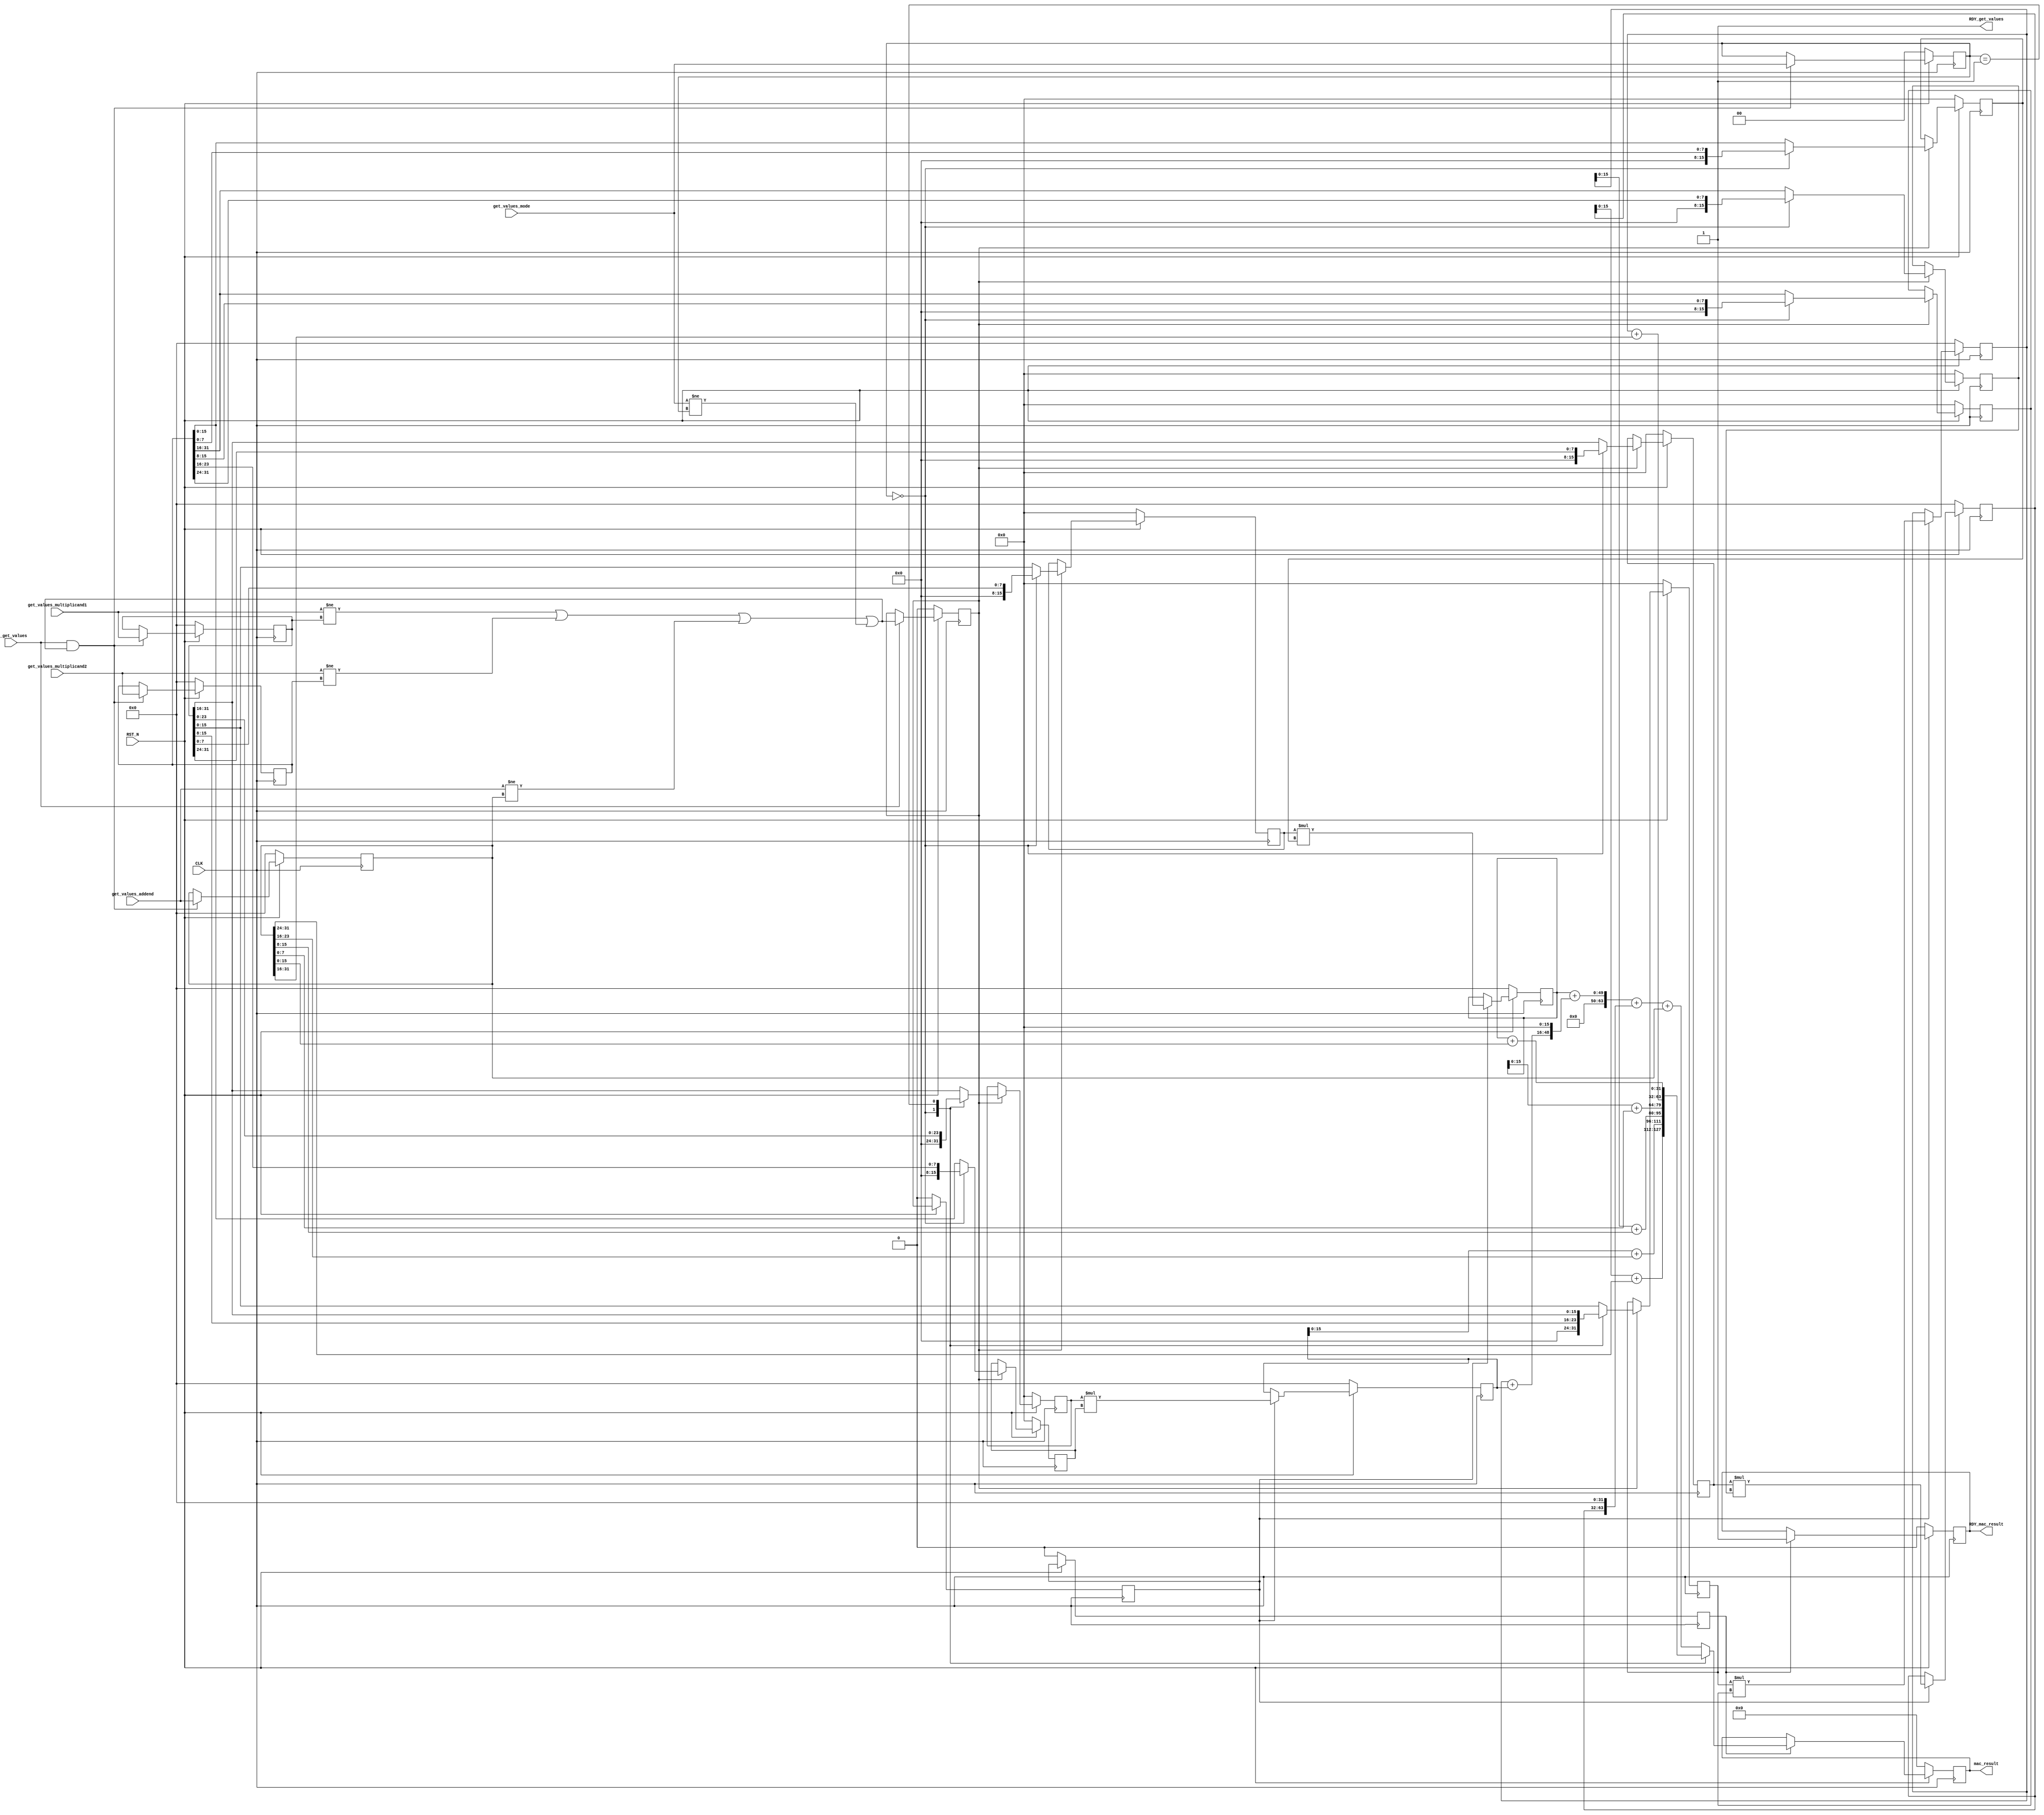
//
// Generated by Bluespec Compiler, version 2021.12.1 (build fd501401)
//
// On Wed Apr 12 21:29:13 IST 2023
//
//
// Ports:
// Name                         I/O  size props
// RDY_get_values                 O     1 const
// mac_result                     O    64 reg
// RDY_mac_result                 O     1 reg
// CLK                            I     1 clock
// RST_N                          I     1 reset
// get_values_multiplicand1       I    32
// get_values_multiplicand2       I    32
// get_values_addend              I    32
// get_values_mode                I     2
// EN_get_values                  I     1
//
// No combinational paths from inputs to outputs
//
//

`ifdef BSV_ASSIGNMENT_DELAY
`else
  `define BSV_ASSIGNMENT_DELAY
`endif

`ifdef BSV_POSITIVE_RESET
  `define BSV_RESET_VALUE 1'b1
  `define BSV_RESET_EDGE posedge
`else
  `define BSV_RESET_VALUE 1'b0
  `define BSV_RESET_EDGE negedge
`endif

module mkMAC(CLK,
	     RST_N,

	     get_values_multiplicand1,
	     get_values_multiplicand2,
	     get_values_addend,
	     get_values_mode,
	     EN_get_values,
	     RDY_get_values,

	     mac_result,
	     RDY_mac_result);
  input  CLK;
  input  RST_N;

  // action method get_values
  input  [31 : 0] get_values_multiplicand1;
  input  [31 : 0] get_values_multiplicand2;
  input  [31 : 0] get_values_addend;
  input  [1 : 0] get_values_mode;
  input  EN_get_values;
  output RDY_get_values;

  // value method mac_result
  output [63 : 0] mac_result;
  output RDY_mac_result;

  // signals for module outputs
  wire [63 : 0] mac_result;
  wire RDY_get_values, RDY_mac_result;

  // register a
  reg [31 : 0] a;
  wire [31 : 0] a$D_IN;
  wire a$EN;

  // register counter
  reg [3 : 0] counter;
  wire [3 : 0] counter$D_IN;
  wire counter$EN;

  // register flag_0
  reg flag_0;
  wire flag_0$D_IN, flag_0$EN;

  // register flag_1
  reg flag_1;
  wire flag_1$D_IN, flag_1$EN;

  // register flag_2
  reg flag_2;
  wire flag_2$D_IN, flag_2$EN;

  // register inp_ready
  reg inp_ready;
  wire inp_ready$D_IN, inp_ready$EN;

  // register m1
  reg [31 : 0] m1;
  wire [31 : 0] m1$D_IN;
  wire m1$EN;

  // register m2
  reg [31 : 0] m2;
  wire [31 : 0] m2$D_IN;
  wire m2$EN;

  // register mac_output
  reg [63 : 0] mac_output;
  reg [63 : 0] mac_output$D_IN;
  wire mac_output$EN;

  // register mac_ready
  reg mac_ready;
  wire mac_ready$D_IN, mac_ready$EN;

  // register partial_product_0
  reg [31 : 0] partial_product_0;
  wire [31 : 0] partial_product_0$D_IN;
  wire partial_product_0$EN;

  // register partial_product_1
  reg [31 : 0] partial_product_1;
  wire [31 : 0] partial_product_1$D_IN;
  wire partial_product_1$EN;

  // register partial_product_2
  reg [31 : 0] partial_product_2;
  wire [31 : 0] partial_product_2$D_IN;
  wire partial_product_2$EN;

  // register partial_product_3
  reg [31 : 0] partial_product_3;
  wire [31 : 0] partial_product_3$D_IN;
  wire partial_product_3$EN;

  // register reg_mode
  reg [1 : 0] reg_mode;
  wire [1 : 0] reg_mode$D_IN;
  wire reg_mode$EN;

  // register x_0
  reg [15 : 0] x_0;
  wire [15 : 0] x_0$D_IN;
  wire x_0$EN;

  // register x_1
  reg [15 : 0] x_1;
  reg [15 : 0] x_1$D_IN;
  wire x_1$EN;

  // register x_2
  reg [15 : 0] x_2;
  reg [15 : 0] x_2$D_IN;
  wire x_2$EN;

  // register x_3
  reg [15 : 0] x_3;
  wire [15 : 0] x_3$D_IN;
  wire x_3$EN;

  // register y_0
  reg [15 : 0] y_0;
  wire [15 : 0] y_0$D_IN;
  wire y_0$EN;

  // register y_1
  reg [15 : 0] y_1;
  wire [15 : 0] y_1$D_IN;
  wire y_1$EN;

  // register y_2
  reg [15 : 0] y_2;
  wire [15 : 0] y_2$D_IN;
  wire y_2$EN;

  // register y_3
  reg [15 : 0] y_3;
  wire [15 : 0] y_3$D_IN;
  wire y_3$EN;

  // rule scheduling signals
  wire CAN_FIRE_RL_compute_MAC,
       CAN_FIRE_get_values,
       WILL_FIRE_RL_compute_MAC,
       WILL_FIRE_get_values;

  // remaining internal signals
  wire [63 : 0] _0_CONCAT_x_0_8_9_MUL_0_CONCAT_y_0_0_1___d42,
		_0_CONCAT_x_1_4_5_MUL_0_CONCAT_y_1_6_7___d48,
		_0_CONCAT_x_2_0_1_MUL_0_CONCAT_y_2_2_3___d54,
		_0_CONCAT_x_3_6_7_MUL_0_CONCAT_y_3_8_9___d60,
		x082_PLUS_y083__q1,
		x__h4524,
		x__h4803,
		x__h4926,
		x__h5066,
		x__h5068,
		x__h5070,
		x__h5082,
		y__h4961,
		y__h5069,
		y__h5071,
		y__h5083;
  wire [31 : 0] x__h4148,
		x__h4235,
		x__h4300,
		x__h4365,
		y__h4149,
		y__h4236,
		y__h4301,
		y__h4366,
		y__h4838,
		y__h4875;
  wire [15 : 0] x__h1742,
		x__h1812,
		x__h1876,
		x__h1940,
		x__h2128,
		x__h2193,
		x__h2257,
		x__h2321,
		y__h4559,
		y__h4620,
		y__h4674,
		y__h4728;
  wire NOT_get_values_multiplicand1_EQ_m1_06_07_OR_NO_ETC___d113;

  // action method get_values
  assign RDY_get_values = 1'd1 ;
  assign CAN_FIRE_get_values = 1'd1 ;
  assign WILL_FIRE_get_values = EN_get_values ;

  // value method mac_result
  assign mac_result = mac_output ;
  assign RDY_mac_result = mac_ready ;

  // rule RL_compute_MAC
  assign CAN_FIRE_RL_compute_MAC = 1'd1 ;
  assign WILL_FIRE_RL_compute_MAC = 1'd1 ;

  // register a
  assign a$D_IN = get_values_addend ;
  assign a$EN =
	     EN_get_values &&
	     (NOT_get_values_multiplicand1_EQ_m1_06_07_OR_NO_ETC___d113 ||
	      get_values_mode != reg_mode) ;

  // register counter
  assign counter$D_IN = 4'h0 ;
  assign counter$EN = 1'b0 ;

  // register flag_0
  assign flag_0$D_IN = inp_ready ;
  assign flag_0$EN = 1'd1 ;

  // register flag_1
  assign flag_1$D_IN = flag_0 ;
  assign flag_1$EN = 1'd1 ;

  // register flag_2
  assign flag_2$D_IN = flag_1 ;
  assign flag_2$EN = 1'd1 ;

  // register inp_ready
  assign inp_ready$D_IN =
	     NOT_get_values_multiplicand1_EQ_m1_06_07_OR_NO_ETC___d113 ||
	     get_values_mode != reg_mode ;
  assign inp_ready$EN = EN_get_values ;

  // register m1
  assign m1$D_IN = get_values_multiplicand1 ;
  assign m1$EN =
	     EN_get_values &&
	     (NOT_get_values_multiplicand1_EQ_m1_06_07_OR_NO_ETC___d113 ||
	      get_values_mode != reg_mode) ;

  // register m2
  assign m2$D_IN = get_values_multiplicand2 ;
  assign m2$EN =
	     EN_get_values &&
	     (NOT_get_values_multiplicand1_EQ_m1_06_07_OR_NO_ETC___d113 ||
	      get_values_mode != reg_mode) ;

  // register mac_output
  always@(reg_mode or x__h4926 or x__h4524 or x__h4803)
  begin
    case (reg_mode)
      2'd0: mac_output$D_IN = x__h4524;
      2'd1: mac_output$D_IN = x__h4803;
      default: mac_output$D_IN = x__h4926;
    endcase
  end
  assign mac_output$EN = flag_1 ;

  // register mac_ready
  assign mac_ready$D_IN = 1'd1 ;
  assign mac_ready$EN = flag_1 ;

  // register partial_product_0
  assign partial_product_0$D_IN =
	     _0_CONCAT_x_0_8_9_MUL_0_CONCAT_y_0_0_1___d42[31:0] ;
  assign partial_product_0$EN = flag_0 ;

  // register partial_product_1
  assign partial_product_1$D_IN =
	     _0_CONCAT_x_1_4_5_MUL_0_CONCAT_y_1_6_7___d48[31:0] ;
  assign partial_product_1$EN = flag_0 ;

  // register partial_product_2
  assign partial_product_2$D_IN =
	     _0_CONCAT_x_2_0_1_MUL_0_CONCAT_y_2_2_3___d54[31:0] ;
  assign partial_product_2$EN = flag_0 ;

  // register partial_product_3
  assign partial_product_3$D_IN =
	     _0_CONCAT_x_3_6_7_MUL_0_CONCAT_y_3_8_9___d60[31:0] ;
  assign partial_product_3$EN = flag_0 ;

  // register reg_mode
  assign reg_mode$D_IN = get_values_mode ;
  assign reg_mode$EN =
	     EN_get_values &&
	     (NOT_get_values_multiplicand1_EQ_m1_06_07_OR_NO_ETC___d113 ||
	      get_values_mode != reg_mode) ;

  // register x_0
  assign x_0$D_IN = (reg_mode == 2'd0) ? x__h1742 : m1[15:0] ;
  assign x_0$EN = inp_ready ;

  // register x_1
  always@(reg_mode or m1 or x__h1812)
  begin
    case (reg_mode)
      2'd0: x_1$D_IN = x__h1812;
      2'd1: x_1$D_IN = m1[31:16];
      default: x_1$D_IN = m1[15:0];
    endcase
  end
  assign x_1$EN = inp_ready ;

  // register x_2
  always@(reg_mode or m1 or x__h1876)
  begin
    case (reg_mode)
      2'd0: x_2$D_IN = x__h1876;
      2'd1: x_2$D_IN = m1[15:0];
      default: x_2$D_IN = m1[31:16];
    endcase
  end
  assign x_2$EN = inp_ready ;

  // register x_3
  assign x_3$D_IN = (reg_mode == 2'd0) ? x__h1940 : m1[31:16] ;
  assign x_3$EN = inp_ready ;

  // register y_0
  assign y_0$D_IN = (reg_mode == 2'd0) ? x__h2128 : m2[15:0] ;
  assign y_0$EN = inp_ready ;

  // register y_1
  assign y_1$D_IN = (reg_mode == 2'd0) ? x__h2193 : m2[31:16] ;
  assign y_1$EN = inp_ready ;

  // register y_2
  assign y_2$D_IN = (reg_mode == 2'd0) ? x__h2257 : m2[15:0] ;
  assign y_2$EN = inp_ready ;

  // register y_3
  assign y_3$D_IN = (reg_mode == 2'd0) ? x__h2321 : m2[31:16] ;
  assign y_3$EN = inp_ready ;

  // remaining internal signals
  assign NOT_get_values_multiplicand1_EQ_m1_06_07_OR_NO_ETC___d113 =
	     get_values_multiplicand1 != m1 ||
	     get_values_multiplicand2 != m2 ||
	     get_values_addend != a ;
  assign _0_CONCAT_x_0_8_9_MUL_0_CONCAT_y_0_0_1___d42 = x__h4148 * y__h4149 ;
  assign _0_CONCAT_x_1_4_5_MUL_0_CONCAT_y_1_6_7___d48 = x__h4235 * y__h4236 ;
  assign _0_CONCAT_x_2_0_1_MUL_0_CONCAT_y_2_2_3___d54 = x__h4300 * y__h4301 ;
  assign _0_CONCAT_x_3_6_7_MUL_0_CONCAT_y_3_8_9___d60 = x__h4365 * y__h4366 ;
  assign x082_PLUS_y083__q1 = x__h5082 + y__h5083 ;
  assign x__h1742 = { 8'd0, m1[7:0] } ;
  assign x__h1812 = { 8'd0, m1[15:8] } ;
  assign x__h1876 = { 8'd0, m1[23:16] } ;
  assign x__h1940 = { 8'd0, m1[31:24] } ;
  assign x__h2128 = { 8'd0, m2[7:0] } ;
  assign x__h2193 = { 8'd0, m2[15:8] } ;
  assign x__h2257 = { 8'd0, m2[23:16] } ;
  assign x__h2321 = { 8'd0, m2[31:24] } ;
  assign x__h4148 = { 16'd0, x_0 } ;
  assign x__h4235 = { 16'd0, x_1 } ;
  assign x__h4300 = { 16'd0, x_2 } ;
  assign x__h4365 = { 16'd0, x_3 } ;
  assign x__h4524 =
	     { partial_product_3[15:0] + y__h4559,
	       partial_product_2[15:0] + y__h4620,
	       partial_product_1[15:0] + y__h4674,
	       partial_product_0[15:0] + y__h4728 } ;
  assign x__h4803 =
	     { partial_product_1 + y__h4838, partial_product_0 + y__h4875 } ;
  assign x__h4926 = x__h5066 + y__h4961 ;
  assign x__h5066 = x__h5068 + y__h5069 ;
  assign x__h5068 = x__h5070 + y__h5071 ;
  assign x__h5070 = { 32'd0, partial_product_0 } ;
  assign x__h5082 = { 32'd0, partial_product_1 } ;
  assign y__h4149 = { 16'd0, y_0 } ;
  assign y__h4236 = { 16'd0, y_1 } ;
  assign y__h4301 = { 16'd0, y_2 } ;
  assign y__h4366 = { 16'd0, y_3 } ;
  assign y__h4559 = { 8'd0, a[31:24] } ;
  assign y__h4620 = { 8'd0, a[23:16] } ;
  assign y__h4674 = { 8'd0, a[15:8] } ;
  assign y__h4728 = { 8'd0, a[7:0] } ;
  assign y__h4838 = { 16'd0, a[31:16] } ;
  assign y__h4875 = { 16'd0, a[15:0] } ;
  assign y__h4961 = { 32'd0, a } ;
  assign y__h5069 = { partial_product_3, 32'd0 } ;
  assign y__h5071 = { x082_PLUS_y083__q1[47:0], 16'd0 } ;
  assign y__h5083 = { 32'd0, partial_product_2 } ;

  // handling of inlined registers

  always@(posedge CLK)
  begin
    if (RST_N == `BSV_RESET_VALUE)
      begin
        a <= `BSV_ASSIGNMENT_DELAY 32'd0;
	counter <= `BSV_ASSIGNMENT_DELAY 4'd0;
	flag_0 <= `BSV_ASSIGNMENT_DELAY 1'd0;
	flag_1 <= `BSV_ASSIGNMENT_DELAY 1'd0;
	flag_2 <= `BSV_ASSIGNMENT_DELAY 1'd0;
	inp_ready <= `BSV_ASSIGNMENT_DELAY 1'd0;
	m1 <= `BSV_ASSIGNMENT_DELAY 32'd0;
	m2 <= `BSV_ASSIGNMENT_DELAY 32'd0;
	mac_output <= `BSV_ASSIGNMENT_DELAY 64'd0;
	mac_ready <= `BSV_ASSIGNMENT_DELAY 1'd0;
	partial_product_0 <= `BSV_ASSIGNMENT_DELAY 32'd0;
	partial_product_1 <= `BSV_ASSIGNMENT_DELAY 32'd0;
	partial_product_2 <= `BSV_ASSIGNMENT_DELAY 32'd0;
	partial_product_3 <= `BSV_ASSIGNMENT_DELAY 32'd0;
	reg_mode <= `BSV_ASSIGNMENT_DELAY 2'd0;
	x_0 <= `BSV_ASSIGNMENT_DELAY 16'd0;
	x_1 <= `BSV_ASSIGNMENT_DELAY 16'd0;
	x_2 <= `BSV_ASSIGNMENT_DELAY 16'd0;
	x_3 <= `BSV_ASSIGNMENT_DELAY 16'd0;
	y_0 <= `BSV_ASSIGNMENT_DELAY 16'd0;
	y_1 <= `BSV_ASSIGNMENT_DELAY 16'd0;
	y_2 <= `BSV_ASSIGNMENT_DELAY 16'd0;
	y_3 <= `BSV_ASSIGNMENT_DELAY 16'd0;
      end
    else
      begin
        if (a$EN) a <= `BSV_ASSIGNMENT_DELAY a$D_IN;
	if (counter$EN) counter <= `BSV_ASSIGNMENT_DELAY counter$D_IN;
	if (flag_0$EN) flag_0 <= `BSV_ASSIGNMENT_DELAY flag_0$D_IN;
	if (flag_1$EN) flag_1 <= `BSV_ASSIGNMENT_DELAY flag_1$D_IN;
	if (flag_2$EN) flag_2 <= `BSV_ASSIGNMENT_DELAY flag_2$D_IN;
	if (inp_ready$EN) inp_ready <= `BSV_ASSIGNMENT_DELAY inp_ready$D_IN;
	if (m1$EN) m1 <= `BSV_ASSIGNMENT_DELAY m1$D_IN;
	if (m2$EN) m2 <= `BSV_ASSIGNMENT_DELAY m2$D_IN;
	if (mac_output$EN)
	  mac_output <= `BSV_ASSIGNMENT_DELAY mac_output$D_IN;
	if (mac_ready$EN) mac_ready <= `BSV_ASSIGNMENT_DELAY mac_ready$D_IN;
	if (partial_product_0$EN)
	  partial_product_0 <= `BSV_ASSIGNMENT_DELAY partial_product_0$D_IN;
	if (partial_product_1$EN)
	  partial_product_1 <= `BSV_ASSIGNMENT_DELAY partial_product_1$D_IN;
	if (partial_product_2$EN)
	  partial_product_2 <= `BSV_ASSIGNMENT_DELAY partial_product_2$D_IN;
	if (partial_product_3$EN)
	  partial_product_3 <= `BSV_ASSIGNMENT_DELAY partial_product_3$D_IN;
	if (reg_mode$EN) reg_mode <= `BSV_ASSIGNMENT_DELAY reg_mode$D_IN;
	if (x_0$EN) x_0 <= `BSV_ASSIGNMENT_DELAY x_0$D_IN;
	if (x_1$EN) x_1 <= `BSV_ASSIGNMENT_DELAY x_1$D_IN;
	if (x_2$EN) x_2 <= `BSV_ASSIGNMENT_DELAY x_2$D_IN;
	if (x_3$EN) x_3 <= `BSV_ASSIGNMENT_DELAY x_3$D_IN;
	if (y_0$EN) y_0 <= `BSV_ASSIGNMENT_DELAY y_0$D_IN;
	if (y_1$EN) y_1 <= `BSV_ASSIGNMENT_DELAY y_1$D_IN;
	if (y_2$EN) y_2 <= `BSV_ASSIGNMENT_DELAY y_2$D_IN;
	if (y_3$EN) y_3 <= `BSV_ASSIGNMENT_DELAY y_3$D_IN;
      end
  end

  // synopsys translate_off
  `ifdef BSV_NO_INITIAL_BLOCKS
  `else // not BSV_NO_INITIAL_BLOCKS
  initial
  begin
    a = 32'hAAAAAAAA;
    counter = 4'hA;
    flag_0 = 1'h0;
    flag_1 = 1'h0;
    flag_2 = 1'h0;
    inp_ready = 1'h0;
    m1 = 32'hAAAAAAAA;
    m2 = 32'hAAAAAAAA;
    mac_output = 64'hAAAAAAAAAAAAAAAA;
    mac_ready = 1'h0;
    partial_product_0 = 32'hAAAAAAAA;
    partial_product_1 = 32'hAAAAAAAA;
    partial_product_2 = 32'hAAAAAAAA;
    partial_product_3 = 32'hAAAAAAAA;
    reg_mode = 2'h2;
    x_0 = 16'hAAAA;
    x_1 = 16'hAAAA;
    x_2 = 16'hAAAA;
    x_3 = 16'hAAAA;
    y_0 = 16'hAAAA;
    y_1 = 16'hAAAA;
    y_2 = 16'hAAAA;
    y_3 = 16'hAAAA;
  end
  `endif // BSV_NO_INITIAL_BLOCKS
  // synopsys translate_on
endmodule  // mkMAC